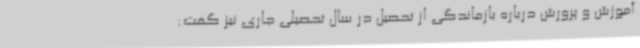
آموزش و پرورش درباره بازماندگی از تحصیل در سال تحصیلی جاری نیز گفت: